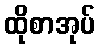
ထိုစာအုပ်